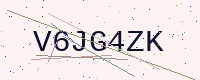
Text: V6JG4ZK